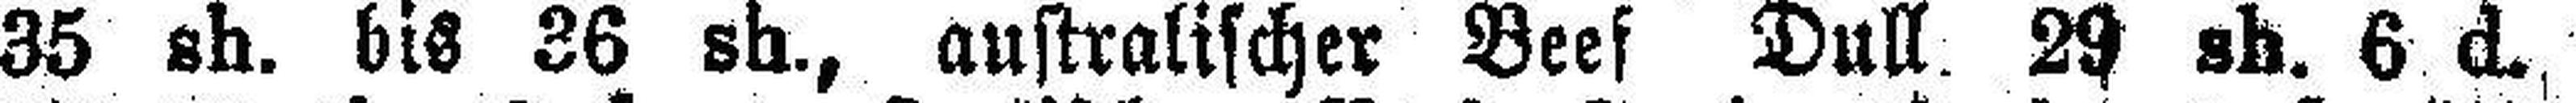
35 sh. bis 36 sh., australischer Beef Dull. 29 sh. 6 d.